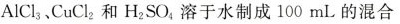
AlCl_{ 3 }、CuCl_{ 2 }和H_{ 2 }SO_{ 4 }溶于水制成100mL的混合